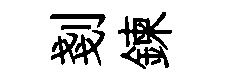
剗鍊